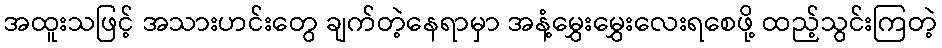
အထူးသဖြင့် အသားဟင်းတွေ ချက်တဲ့နေရာမှာ အနံ့မွှေးမွှေးလေးရစေဖို့ ထည့်သွင်းကြတဲ့